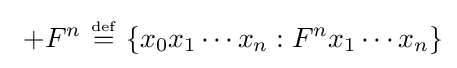
\ +F^{n}\ {\overset {\underset {\mathrm {def} }{}}{=}}\ \{x_{0}x_{1}\cdots x_{n}:F^{n}x_{1}\cdots x_{n}\}